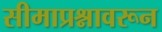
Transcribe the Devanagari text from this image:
सीमाप्रश्नावरून